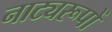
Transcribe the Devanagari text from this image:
नाट्यरूपों